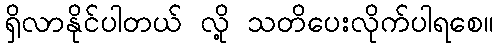
ရှိလာနိုင်ပါတယ် လို့ သတိပေးလိုက်ပါရစေ။